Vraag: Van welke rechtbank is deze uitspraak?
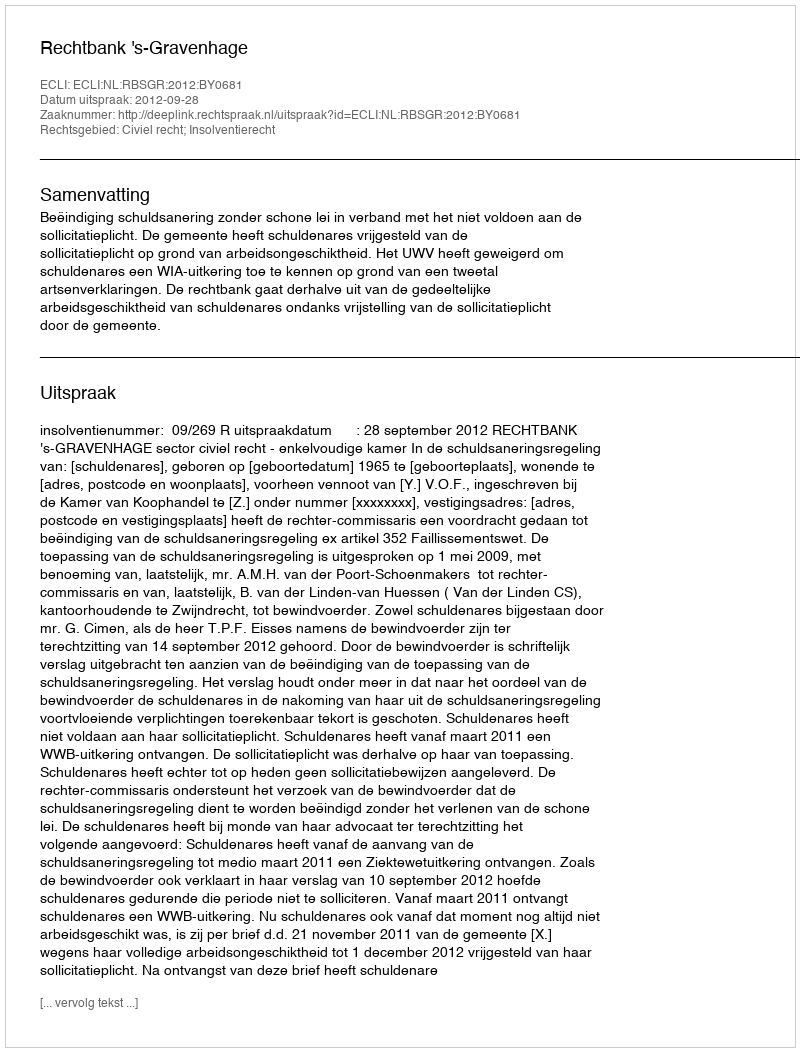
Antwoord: Rechtbank 's-Gravenhage